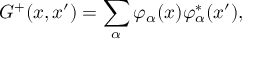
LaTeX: G ^ { + } ( x , x ^ { \prime } ) = \sum _ { \alpha } \varphi _ { \alpha } ( x ) \varphi _ { \alpha } ^ { \ast } ( x ^ { \prime } ) ,